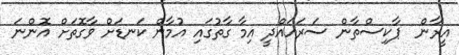
އީރާން  ޕާކިސްތާން ސަރަހައްދީ އިމާ ގާތުގައި އުމާން ކަނޑަށް ވާގޮތަށް އޮންނަ